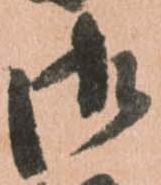
御